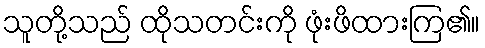
သူတို့သည် ထိုသတင်းကို ဖုံးဖိထားကြ၏။